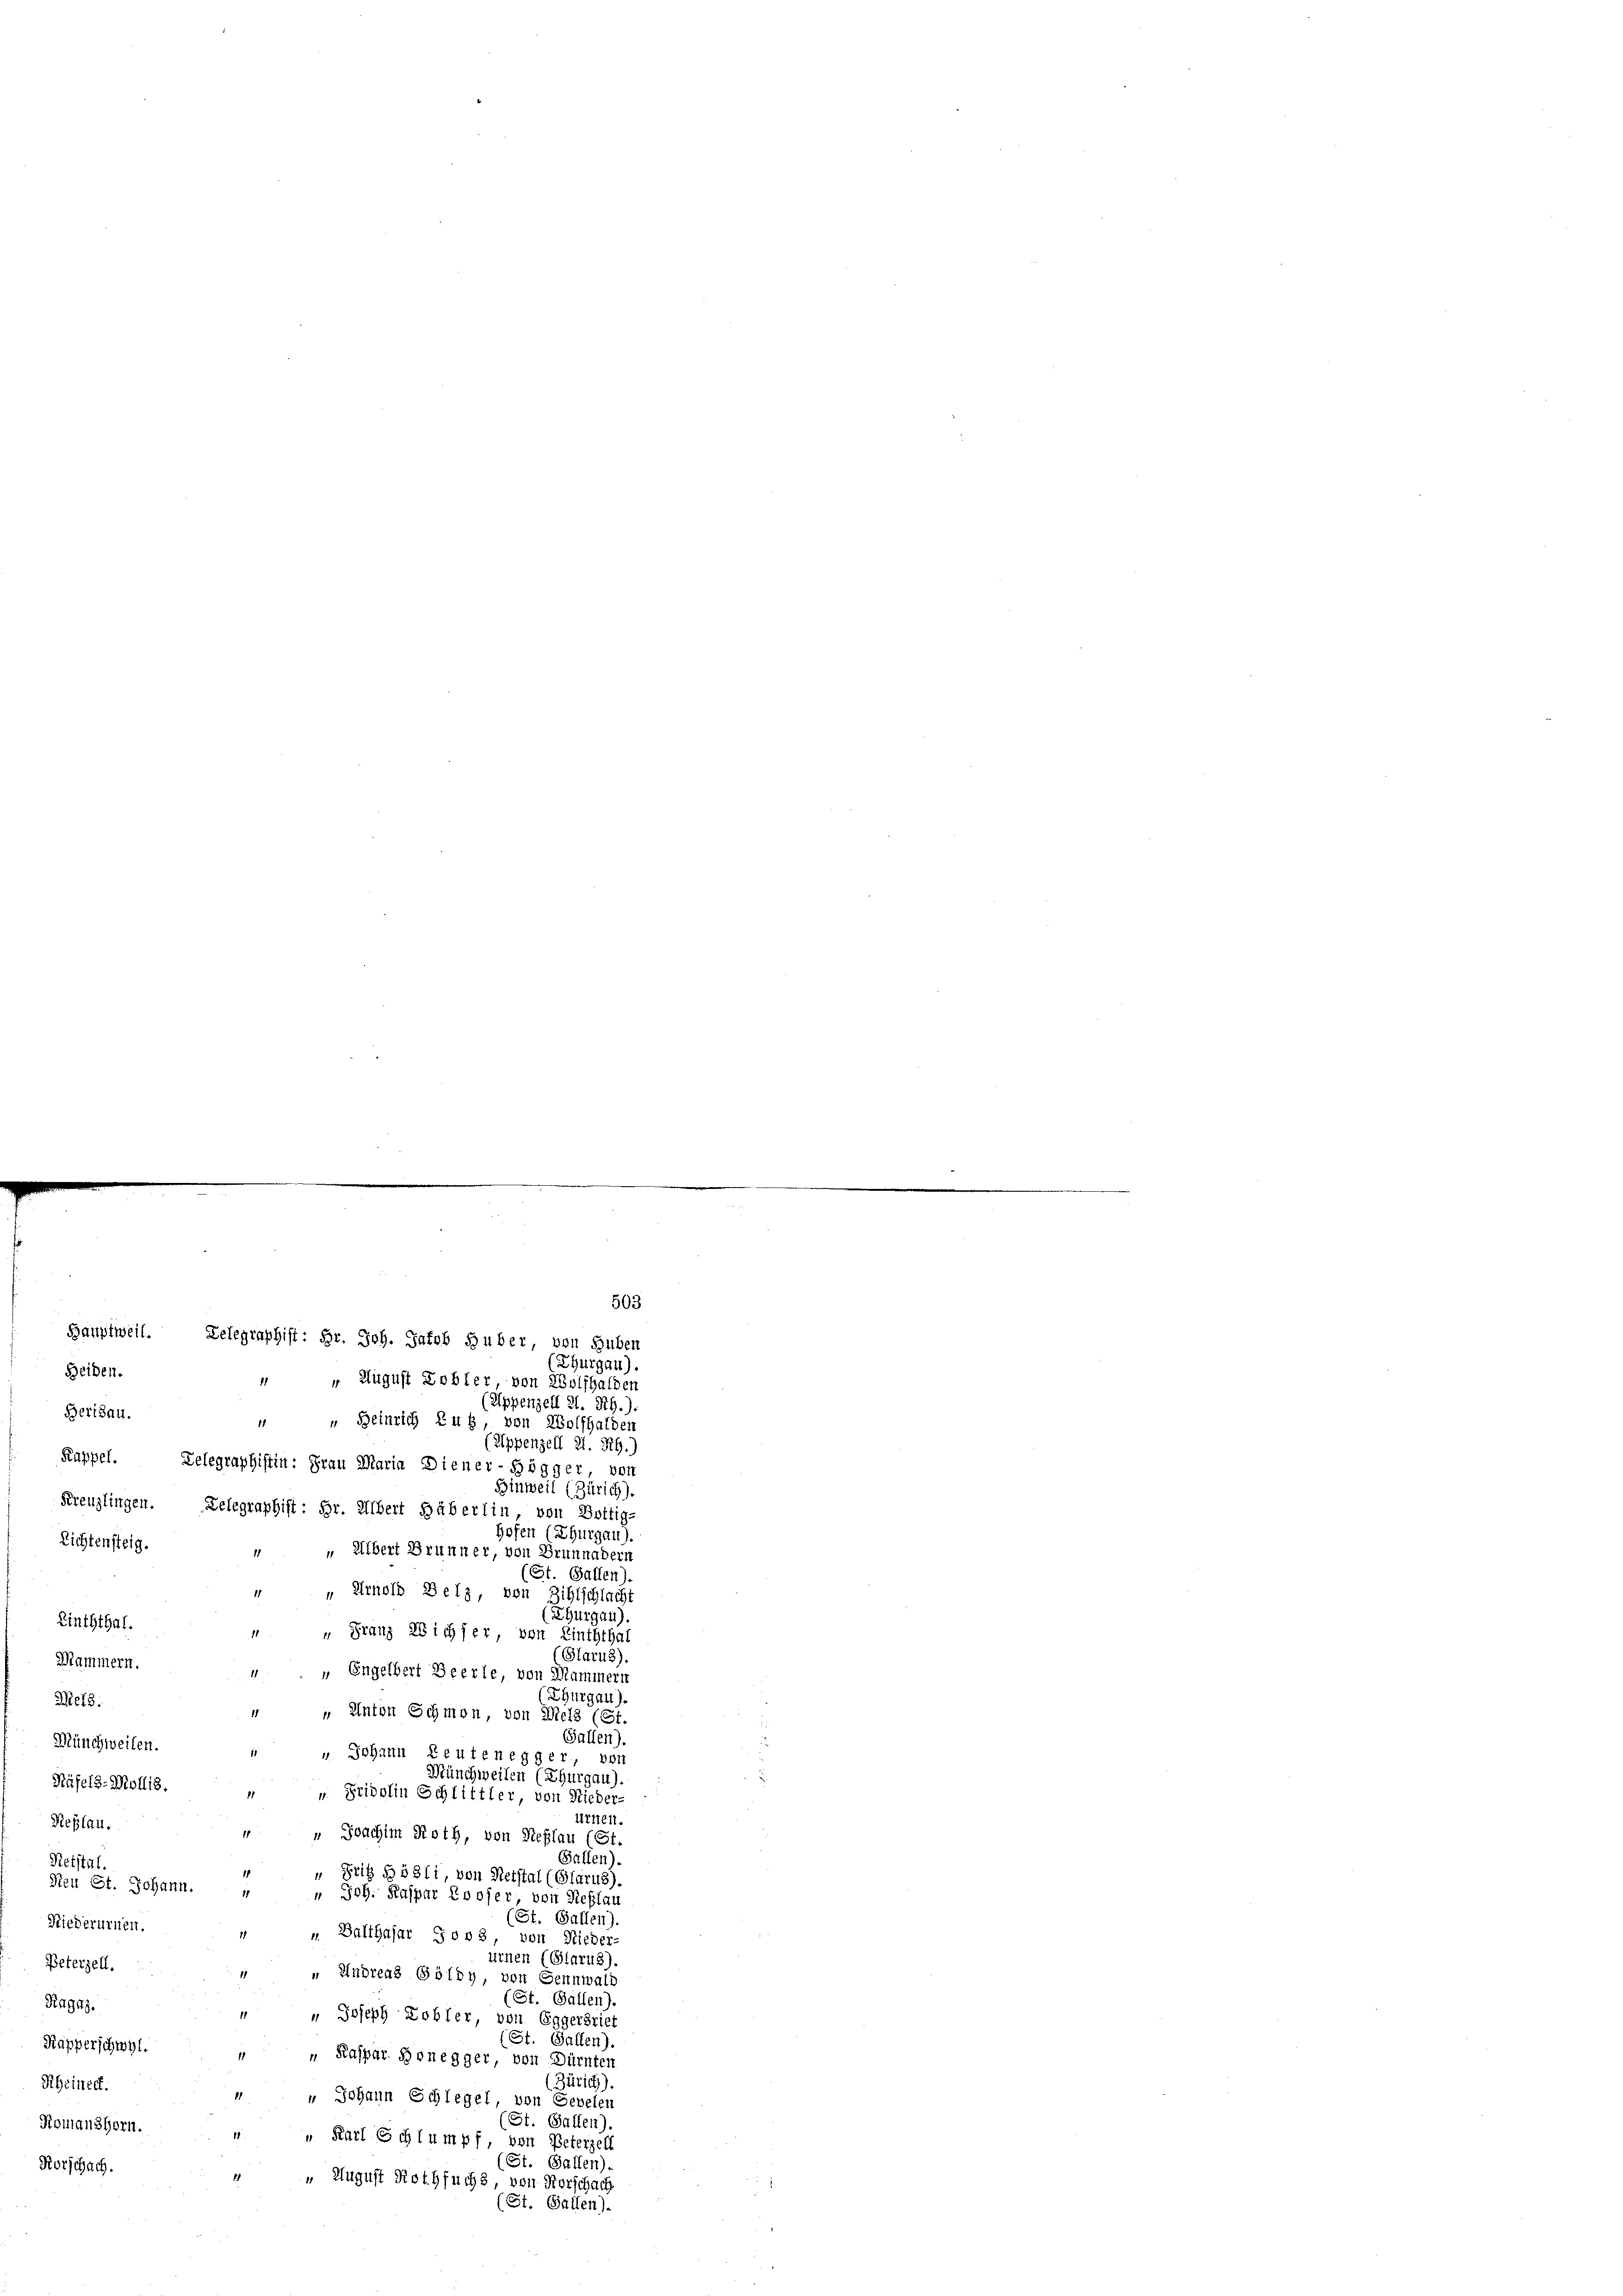
Beiden.
(Appenzell 21. Rh.).
" " Heinrich Zug, von Wolfhalden
(Appenzell 21. R.)
Kappel. Telegraphistin: Frau Maria Diener-Högger, von
Hinweil (Zürich).
Kreuzlingen. Delegraphist: Hr. Albert Häberlin, von Bottig-
hofen (Thurgau).
Lichtensteig.
" " Albert Brunner, von Brunnedern
(St. Gallen).
" " Arnold Selz, von Zihlschlacht
(Thurgau).
Linththal.
 " Franz Wichser von Linththal
(Glarus).
Mammern.
“ „ Engelbert Zeerle, von Mammers
(Thurgau)
Mels.
" Anton Schmon, von Wels (Ct.
Gallen).
Münchweilen.
" Johann Leutenegger, von
Münchweilen (Thurgau).
Häfels-Mollis. „ „ Fridolin Schlittler, von Nieder-
ürnen.
Rieplan.
„ Joachim Roth, von Steffau (St.
Gallen).
Retstal.
1
“ Fritz S. 5311, von Retstal (Glarus).
Reu St. Johann.
" Joh. Kaspar Rooser von Reflau
(St. Gallen).
Riederurien.
„ Balthasar 3003,
von Nieder-
urnen (Glarus)
Peterzell.
„ Andreaz Goldy, von Sennwald
(St. Gallen).
Ragaz
" Joseph Lobler, von Eggerbrief
St. Gallen).
Kapperschwyl.
 " Kaspar Honegger, von Dürnten
(Zürich)
Rheinen.
 Johann Schlegel, von Gevelen
St. Gallen).
Romanshorn.
Karl Schlumpf, von Peterzell
(St. Gallen)
Korschach.
“ „ August Rothfuchs, von Vorschad
(St. Gallen).

Bertsau.

503
Hauptweil. Delegraphist: Hr. Joh. Jakob Huber, von Huben
(Thurgau).
1
 August Kobler, von Wolfhalden